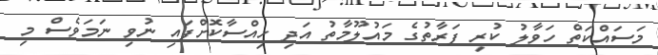
މަސައްކަތް ހަވާލު ކުރި ފަރާތުގެ މައުލޫމާތު އަދި ހިއްސާކޮށްފައި ނުވި ނަމަވެސް މި